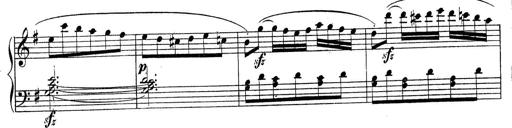
Title: Piano Sonatine No.2
Composer: Peter Piel
Key: G major